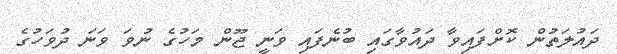
ދައުލަތުން ކޮށްފައިވާ ދައުވާގައި ބުނެފައި ވަނީ ޖޫން މަހުގެ ނުވަ ވަނަ ދުވަހުގެ